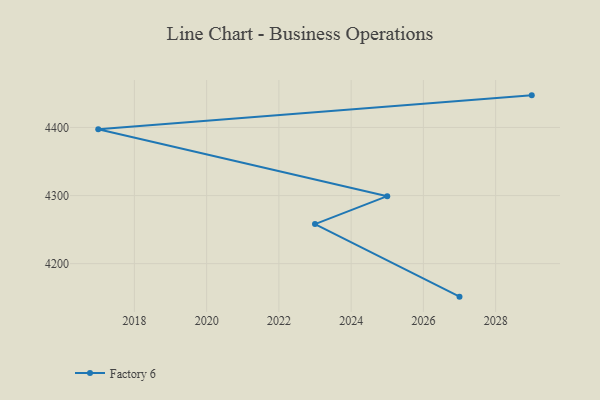
{"axis": {"x": "Year", "y": "Backlog"}, "legend": ["Factory 6"], "data": [{"x": "2027", "y": 4151.5, "type": "Factory 6"}, {"x": "2023", "y": 4258.1, "type": "Factory 6"}, {"x": "2025", "y": 4299.1, "type": "Factory 6"}, {"x": "2017", "y": 4397.5, "type": "Factory 6"}, {"x": "2029", "y": 4447.2, "type": "Factory 6"}]}